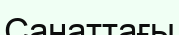
Санаттағы